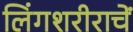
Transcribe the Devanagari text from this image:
लिंगशरीराचें